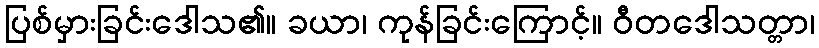
ပြစ်မှားခြင်းဒေါသ၏။ ခယာ၊ ကုန်ခြင်းကြောင့်။ ဝီတဒေါသတ္တာ၊